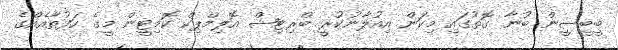
ބީބީސީން ބުނާ ގޮތުގައި މިކަން އިއުލާނުކުރީ ބްރިޓިޝް އޮލިމްޕިކް ކޮމިޓީން މީގެ ހަފުތާއެއްގެ